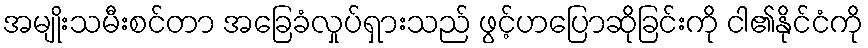
အမျိုးသမီးစင်တာ အခြေခံလှုပ်ရှားသည် ဖွင့်ဟပြောဆိုခြင်းကို ငါ၏နိုင်ငံကို